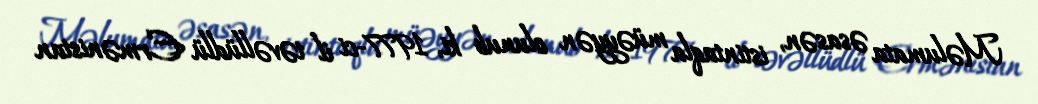
Məlumata əsasən, istintaqla müəyyən olunub ki, 1977-ci il təvəllüdlü Ermənistan